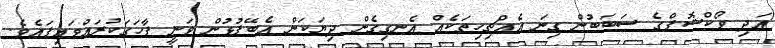
އަދި ވޯކްޝޮޕްގެ ސަބަބުން ގިނަ އެއްޗިހިތަކެއް އެނގިގެން ދިޔަކަން އެބޭފުޅުން ވަނީ ފާހަގަކުރައްވައިފައެވެ.